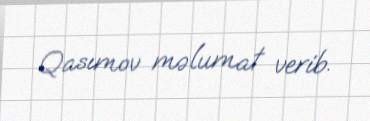
Qasımov məlumat verib.